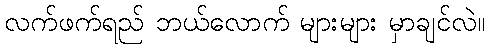
လက်ဖက်ရည် ဘယ်လောက် များများ မှာချင်လဲ။